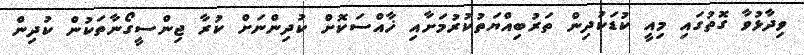
ވިދާޅުވާ ގޮތުގައި މިއީ ކުޑަކުދިން ތަރުބިއްޔަތުކުރުމަށާއި ޚާއްސަކޮށް ކުދިންނަށް ކުރާ ޖިންސީގޯނާތަކުން ކުދިން